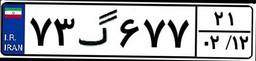
۷۳گ۶۷۷۲۱